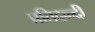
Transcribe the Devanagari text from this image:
प्रतिद्व्न्दी